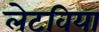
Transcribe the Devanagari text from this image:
लेटविया